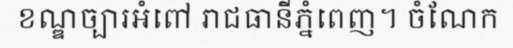
ខណ្ឌច្បារអំពៅ រាជធានីភ្នំពេញ។ ចំណែក